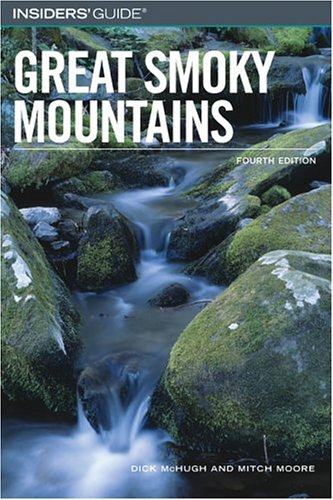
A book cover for Insiders' Guide to the Great Smoky Mountains, 4th (Insiders' Guide Series); Dick McHugh; Travel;